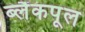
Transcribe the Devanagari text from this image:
ब्लैंकपूल